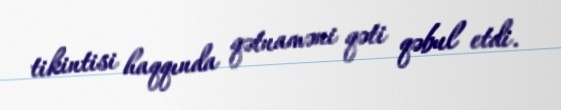
tikintisi haqqında qətnaməni qəti qəbul etdi.